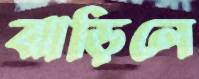
ঝাড়িলে